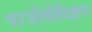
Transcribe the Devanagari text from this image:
परजीवीविज्ञान